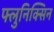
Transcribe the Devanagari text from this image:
फ्लुनिक्सिन